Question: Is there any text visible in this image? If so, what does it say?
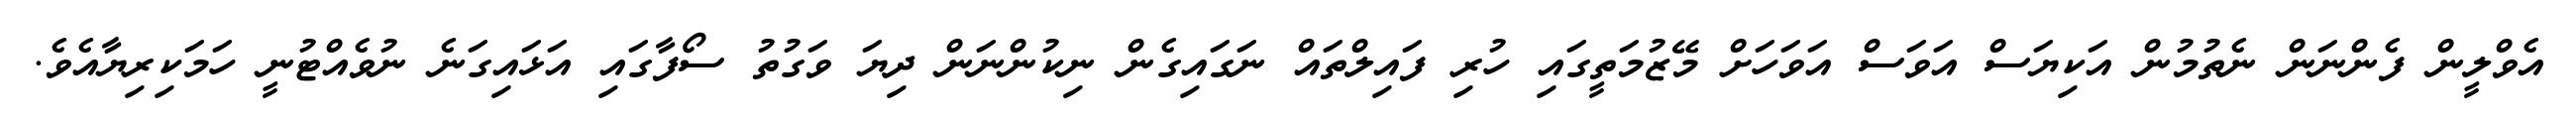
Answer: އެވްލީން ފެންނަން ނެތުމުން އަކިޔަސް އަވަސް އަވަހަށް މޭޒުމަތީގައި ހުރި ފައިލްތައް ނަގައިގެން ނިކުންނަން ދިޔަ ވަގުތު ސޯފާގައި އަޅައިގަނެ ނުވެއްޓުނީ ހަމަކިރިޔާއެވެ.